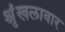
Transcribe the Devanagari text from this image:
श्रृंखलावार